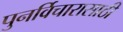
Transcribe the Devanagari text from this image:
पुनर्विचारासाठी